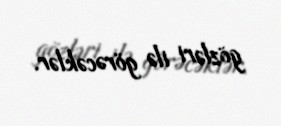
gözləri ilə görəcəklər.